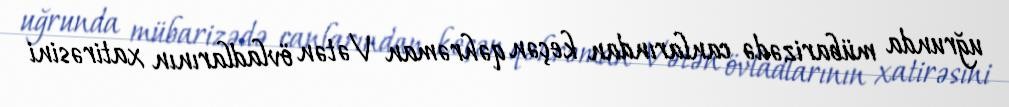
uğrunda mübarizədə canlarından keçən qəhrəman Vətən övladlarının xatirəsini